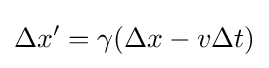
\Delta x'=\gamma (\Delta x-v\Delta t)